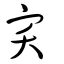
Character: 宎